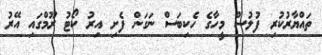
ތައްޔާރުކުރި ފުލުސް މީހާގެ ހެކިބަސް ނަގަން ފެށި އިރު ކޯޓު ރޫމްގައި އޭރު